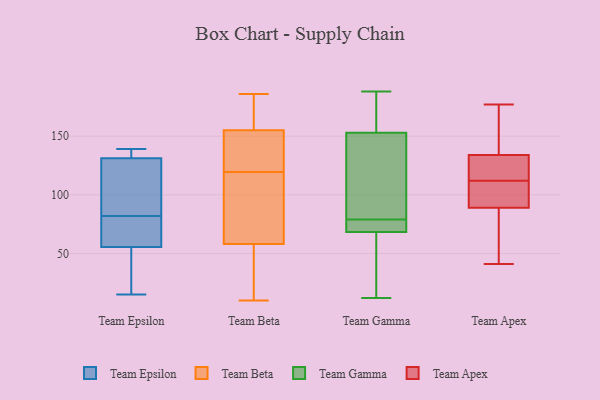
{"axis": {"x": "Market Share (%)", "y": "Value"}, "legend": ["Team Apex", "Team Beta", "Team Epsilon", "Team Gamma"], "data": [{"x": "", "y": 80, "type": "Team Epsilon"}, {"x": "", "y": 139, "type": "Team Epsilon"}, {"x": "", "y": 54, "type": "Team Epsilon"}, {"x": "", "y": 18, "type": "Team Epsilon"}, {"x": "", "y": 123, "type": "Team Epsilon"}, {"x": "", "y": 82, "type": "Team Epsilon"}, {"x": "", "y": 56, "type": "Team Epsilon"}, {"x": "", "y": 87, "type": "Team Epsilon"}, {"x": "", "y": 123, "type": "Team Epsilon"}, {"x": "", "y": 132, "type": "Team Epsilon"}, {"x": "", "y": 133, "type": "Team Epsilon"}, {"x": "", "y": 73, "type": "Team Epsilon"}, {"x": "", "y": 131, "type": "Team Epsilon"}, {"x": "", "y": 15, "type": "Team Epsilon"}, {"x": "", "y": 75, "type": "Team Epsilon"}, {"x": "", "y": 138, "type": "Team Epsilon"}, {"x": "", "y": 39, "type": "Team Epsilon"}, {"x": "", "y": 58, "type": "Team Beta"}, {"x": "", "y": 160, "type": "Team Beta"}, {"x": "", "y": 135, "type": "Team Beta"}, {"x": "", "y": 65, "type": "Team Beta"}, {"x": "", "y": 150, "type": "Team Beta"}, {"x": "", "y": 13, "type": "Team Beta"}, {"x": "", "y": 84, "type": "Team Beta"}, {"x": "", "y": 137, "type": "Team Beta"}, {"x": "", "y": 186, "type": "Team Beta"}, {"x": "", "y": 141, "type": "Team Beta"}, {"x": "", "y": 104, "type": "Team Beta"}, {"x": "", "y": 99, "type": "Team Beta"}, {"x": "", "y": 182, "type": "Team Beta"}, {"x": "", "y": 177, "type": "Team Beta"}, {"x": "", "y": 10, "type": "Team Beta"}, {"x": "", "y": 15, "type": "Team Beta"}, {"x": "", "y": 155, "type": "Team Beta"}, {"x": "", "y": 53, "type": "Team Beta"}, {"x": "", "y": 188, "type": "Team Gamma"}, {"x": "", "y": 150, "type": "Team Gamma"}, {"x": "", "y": 12, "type": "Team Gamma"}, {"x": "", "y": 162, "type": "Team Gamma"}, {"x": "", "y": 67, "type": "Team Gamma"}, {"x": "", "y": 128, "type": "Team Gamma"}, {"x": "", "y": 154, "type": "Team Gamma"}, {"x": "", "y": 52, "type": "Team Gamma"}, {"x": "", "y": 72, "type": "Team Gamma"}, {"x": "", "y": 79, "type": "Team Gamma"}, {"x": "", "y": 74, "type": "Team Gamma"}, {"x": "", "y": 94, "type": "Team Apex"}, {"x": "", "y": 55, "type": "Team Apex"}, {"x": "", "y": 177, "type": "Team Apex"}, {"x": "", "y": 41, "type": "Team Apex"}, {"x": "", "y": 150, "type": "Team Apex"}, {"x": "", "y": 120, "type": "Team Apex"}, {"x": "", "y": 134, "type": "Team Apex"}, {"x": "", "y": 119, "type": "Team Apex"}, {"x": "", "y": 89, "type": "Team Apex"}, {"x": "", "y": 105, "type": "Team Apex"}]}